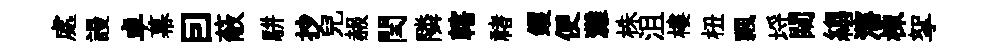
處謾卓幕囙蔽駢抄兒赧閏隣轄禇钁便灘株沮樓杻飄埓闚縐瀋棟挐